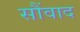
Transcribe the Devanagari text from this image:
सौंवाद